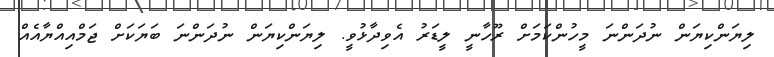
ލިޔަންކިޔަން ނުދަންނަ މީހުންކަމަށް ރޫހާނީ ލީޑަރު އެވިދާޅުވީ. ލިޔަންކިޔަން ނުދަންނަ ބަޔަކަށް ޖަމްއިއްޔާއެއް